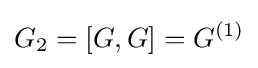
G_{2}=[G,G]=G^{(1)}